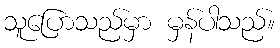
သူပြောသည်မှာ မှန်ပါသည်။